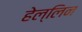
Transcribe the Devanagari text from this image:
हेल्लिन